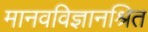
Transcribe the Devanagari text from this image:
मानवविज्ञानश्रित